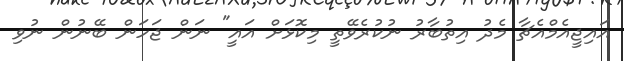
އައިޖީއެމްއެޗާ މެދު އިތުބާރު ނުކުރެވޭތީ މިކޮޅަށް އައީ" ނަން ޖަހަން ބޭނުން ނުވި